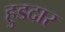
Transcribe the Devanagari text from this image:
हुडदार